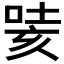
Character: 𭈯